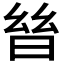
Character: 𣌳